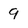
Character: 9